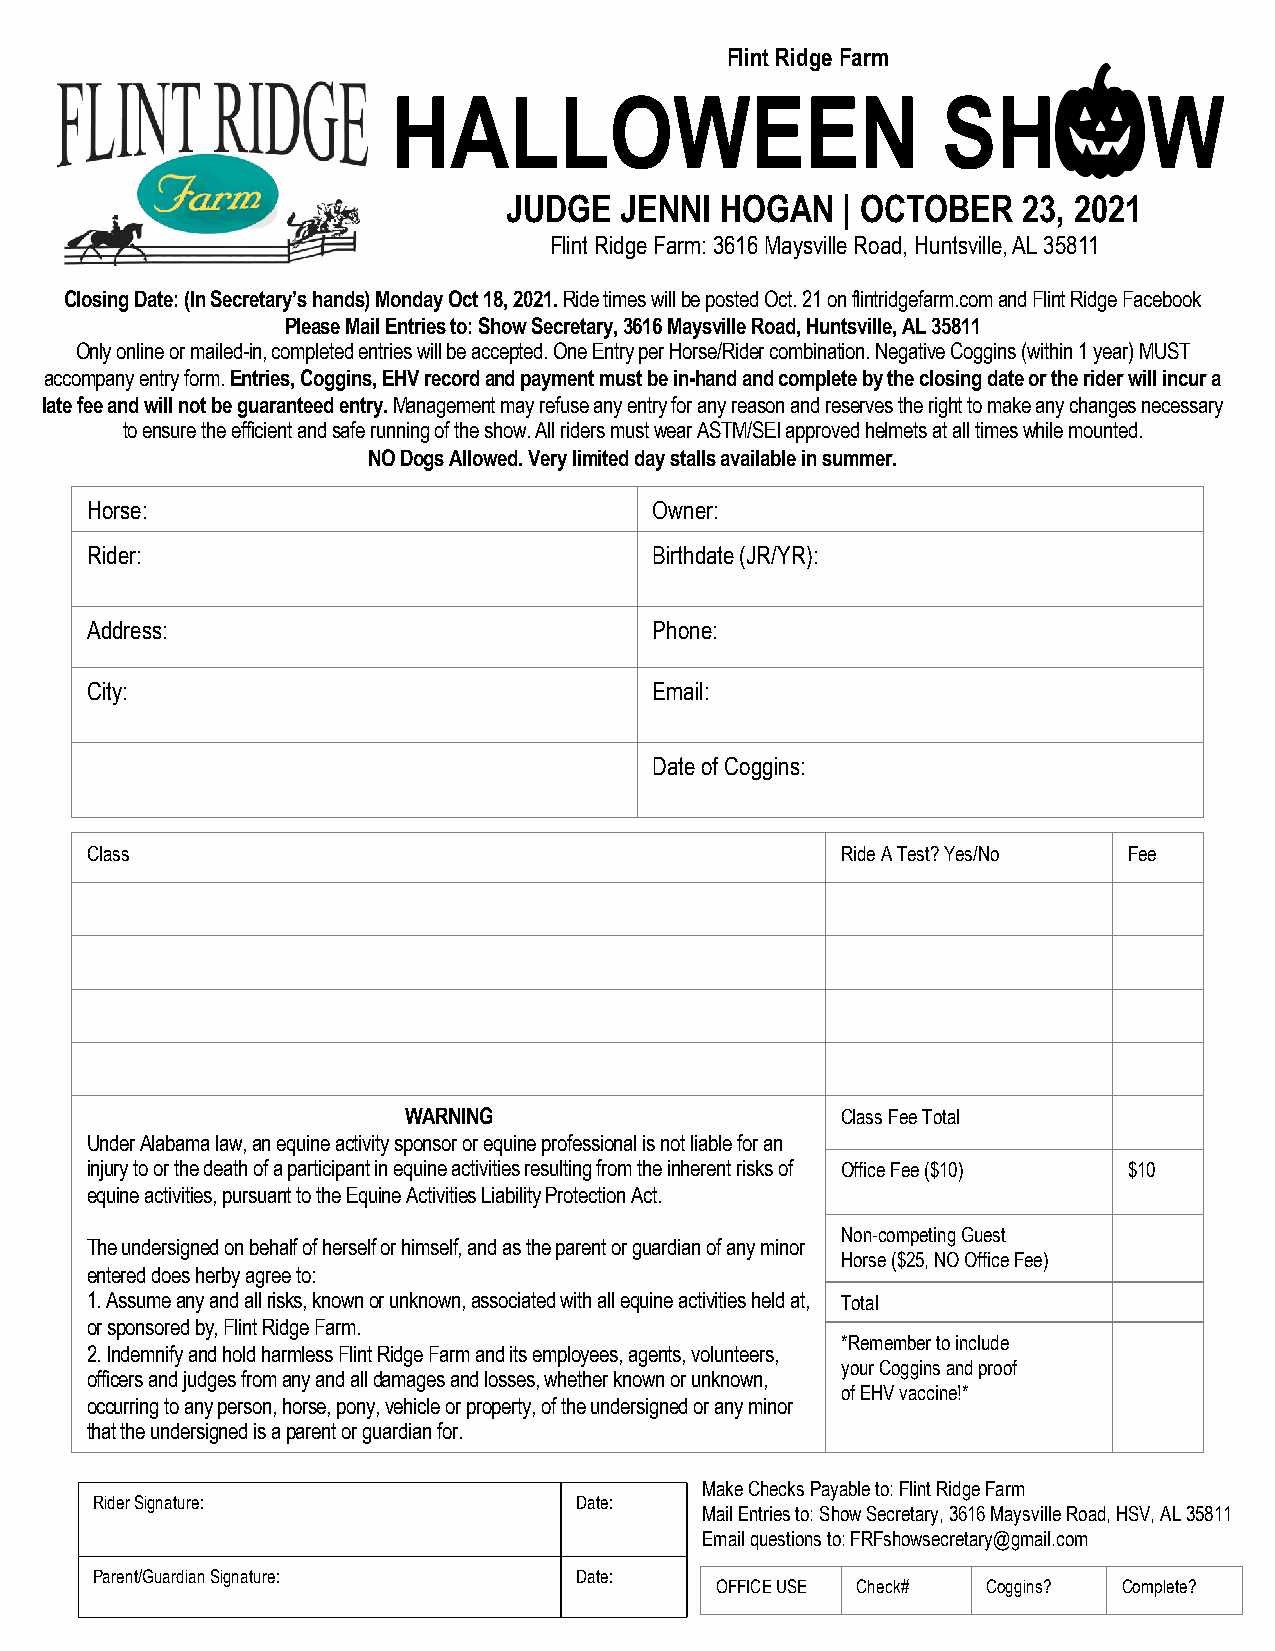
Flint Ridge Farm
 HALLOWEEN                           SH            W
 JUDGE  JENNI  HOGAN   | OCTOBER   23, 2021
 Flint Ridge Farm: 3616 Maysville Road, Huntsville, AL 35811
 Closing Date: (In Secretary’s hands) Monday Oct 18, 2021. Ride times will be posted Oct. 21 on flintridgefarm.comand Flint Ridge Facebook
 Please Mail Entries to: Show Secretary, 3616 Maysville Road, Huntsville, AL 35811
 Only online or mailed-in, completed entries will be accepted. One Entry per Horse/Rider combination. Negative Coggins (within 1 year) MUST
 accompany entry form. Entries, Coggins, EHV recordand payment must be in-hand and complete by the closing date or the rider will incur a
 late fee and will not be guaranteed entry. Management may refuse any entry for any reason and reserves the right to make any changes necessary
 to ensure the efficient and safe running of the show. All riders must wear ASTM/SEI approved helmets at all timeswhile mounted.
 NO Dogs Allowed. Very limited day stalls available in summer.
 Horse:                               Owner:
 Rider:                               Birthdate (JR/YR):
 Address:                             Phone:
 City:                                Email:
 Date of Coggins:
 Class                                             Ride A Test? Yes/No Fee
 WARNING                      Class Fee Total
 Under Alabama law, an equine activity sponsor or equine professional is not liable for an
 injury to or the death of a participant in equine activities resulting from the inherent risks of Office Fee ($10) $10
 equine activities, pursuant to the Equine Activities Liability Protection Act.
 Non-competing Guest
 The undersigned on behalf of herself or himself, and as the parent or guardian of any minor
 Horse ($25, NO Office Fee)
 entered does herby agree to:
 1. Assume any and allrisks, known or unknown, associated with all equine activities held at, Total
 or sponsored by, Flint Ridge Farm.
 *Remember to include
 2. Indemnify and hold harmless Flint Ridge Farm and its employees, agents, volunteers,
 your Coggins and proof
 officers and judges from any and alldamages and losses, whether known or unknown,
 of EHV vaccine!*
 occurring to any person, horse, pony, vehicle or property, of the undersigned or any minor
 that the undersigned is a parent or guardian for.
 Make Checks Payable to: Flint Ridge Farm
 Rider Signature:                Date:
 Mail Entries to: Show Secretary, 3616 Maysville Road, HSV, AL 35811
 Email questions to: FRFshowsecretary@gmail.com
 Parent/Guardian Signature:      Date:
 OFFICE USE Check# Coggins? Complete?